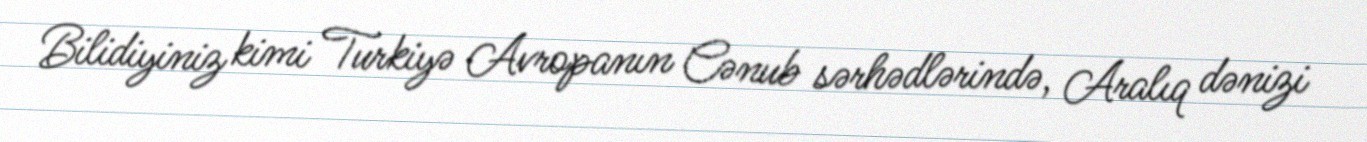
Bilidiyiniz kimi Turkiyə Avropanın Cənub sərhədlərində, Aralıq dənizi